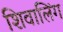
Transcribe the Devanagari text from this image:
शिवालिंग